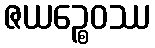
ဇယဉ္စေဝဿ